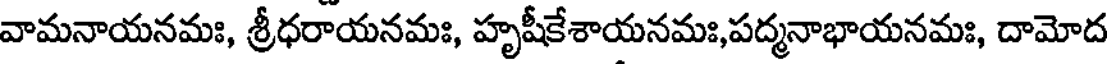
వామనాయనమః, శ్రీధరాయనమః, హృషీకేశాయనమః,పద్మనాభాయనమః, దామోద